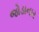
જોડાનાર